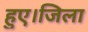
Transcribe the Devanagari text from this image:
हुए।जिला